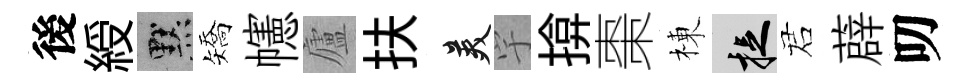
後綬默矯幰廬扶美宇揜棗棟捉诺薜叨